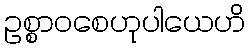
ဥစ္စာဝစေဟုပါယေဟိ